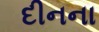
દીનના